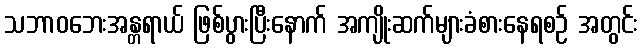
သဘာဝဘေးအန္တရာယ် ဖြစ်ပွားပြီးနောက် အကျိုးဆက်များခံစားနေရစဉ် အတွင်း